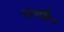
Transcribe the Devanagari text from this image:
तानसिँग